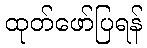
ထုတ်ဖော်ပြရန်